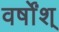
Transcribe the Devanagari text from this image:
वर्षोंश्